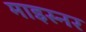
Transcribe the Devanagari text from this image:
माइस्नर